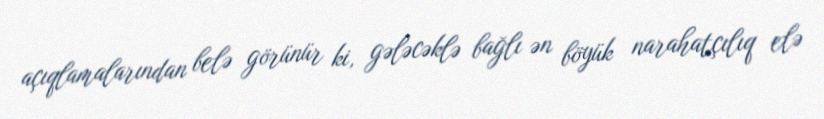
açıqlamalarından belə görünür ki, gələcəklə bağlı ən böyük narahatçılıq elə